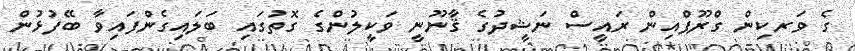
ގެ ވަރކިން ގްރޫޕްއިން ރައީސް ނަޝީދުގެ ޤާނޫނީ ވަކީލުންގެ ގޮތުގައި ބަލައިގެންފައިވާ ބޭފުޅުން